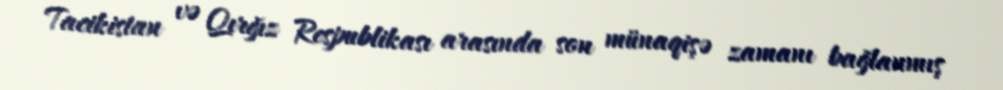
Tacikistan və Qırğız Respublikası arasında son münaqişə zamanı bağlanmış